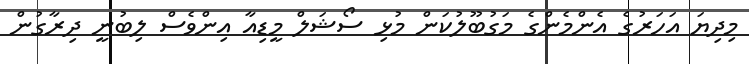
މިދިޔަ އަހަރުގެ އެންމެންގެ މަގުބޫލުކަން މުޅި ސޯޝަލް މީޑިއާ އިންވެސް ލިބުނީ ދިރާގުން